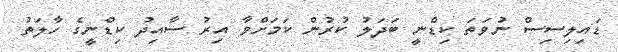
ޑައިލިސިސް ނުވަތަ ކިޑްނީ ބަދަލު ކުރުން ކަމަށްވާ އިރު ސާއިދު ކިޑްނީގެ ހާލަތު